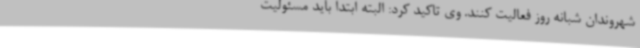
شهروندان شبانه روز فعالیت کنند. وی تاکید کرد: البته ابتدا باید مسئولیت